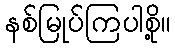
နစ်မြုပ်ကြပါစို့။